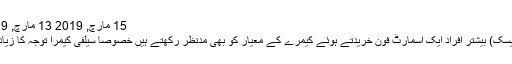
15 مارچ, 2019 13 مارچ, 2019 0 تبصرے
چین(مانیٹرنگ ڈیسک) بیشتر افراد ایک اسمارٹ فون خریدتے ہوئے کیمرے کے معیار کو بھی مدنظر رکھتے ہیں خصوصاً سیلفی کیمرا توجہ کا زیادہ مرکز ہوتا ہے۔